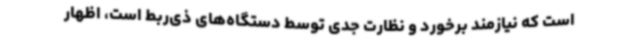
است که نیازمند برخورد و نظارت جدی توسط دستگاه‌های ذی‌ربط است، اظهار